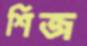
শিজ